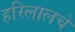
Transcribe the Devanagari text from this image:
हरिलालचे